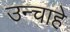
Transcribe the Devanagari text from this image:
उन्चाहे